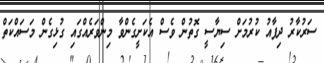
ސަރުކާރު ދިފާއު ކުރުމަށް ސިޔާސީ ގޮތުން ވެސް އެކަށީގެންވާ މިންވަރެއްގައި ގުޅިގެން މަސައްކަތް